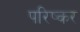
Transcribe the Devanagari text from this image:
परिष्कर